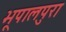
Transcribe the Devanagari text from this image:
भूपालपुरा